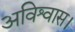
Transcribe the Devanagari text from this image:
अविश्वास।